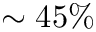
\sim 4 5 \%